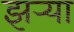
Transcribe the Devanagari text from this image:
झर्‍या